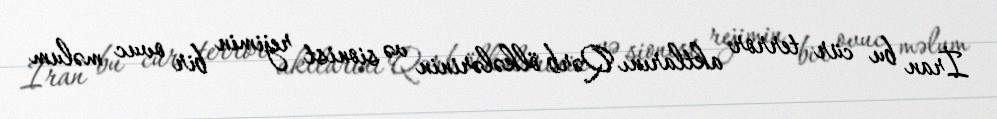
İran bu cür terror aktlarını Qərb ölkələrinin və sionist rejimin bir ovuc məlum